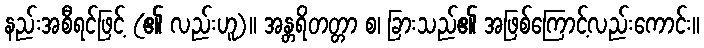
နည်းအစီရင်ဖြင့် (၏ လည်းဟူ)။ အန္တရိတတ္တာ စ၊ ခြားသည်၏ အဖြစ်ကြောင့်လည်းကောင်း။